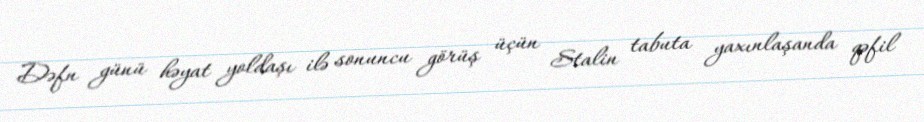
Dəfn günü həyat yoldaşı ilə sonuncu görüş üçün Stalin tabuta yaxınlaşanda qəfil